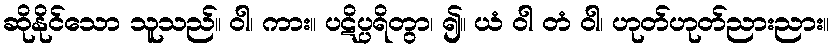
ဆိုနိုင်သော သူသည်။ ဝါ၊ ကား။ ပဋိပ္ပရိတွာ၊ ၍။ ယံ ဝါ တံ ဝါ၊ ဟုတ်ဟုတ်ညားညား။